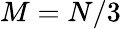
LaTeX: M=N/3